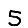
Digit: 5